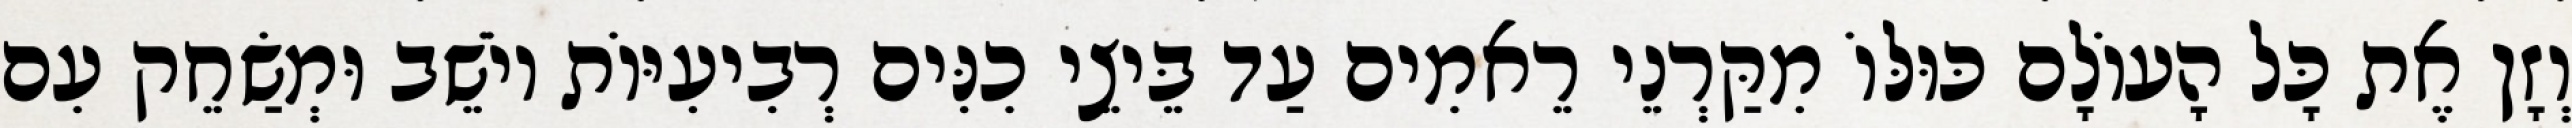
וְזָן אֶת כָּל הָעוֹלָם כּוּלּוֹ מִקַּרְנֵי רֵאמִים עַד בֵּיצֵי כִנִּים רְבִיעִיּוֹת יוֹשֵׁב וּמְשַׂחֵק עִם